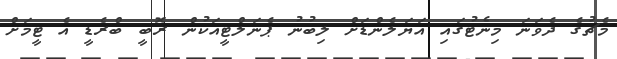
މެޗުގެ ދެވަނަ މިނެޓުގައި އަޔަލެންޑަށް ލިބުނު ޕެނަލްޓީއަކުން ރޮބީ ބްރެޑީ އެ ޓީމަށް